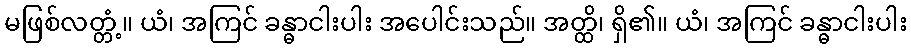
မဖြစ်လတ္တံ့။ ယံ၊ အကြင် ခန္ဓာငါးပါး အပေါင်းသည်။ အတ္ထိ၊ ရှိ၏။ ယံ၊ အကြင် ခန္ဓာငါးပါး